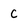
Character: C